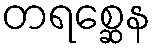
တရစ္ဆေန